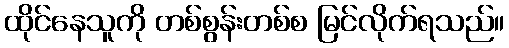
ထိုင်နေသူကို တစ်စွန်းတစ်စ မြင်လိုက်ရသည်။